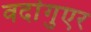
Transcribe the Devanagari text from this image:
वर्दागुएर